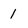
Character: 1